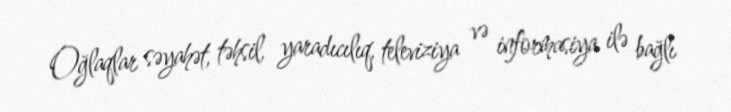
Oğlaqlar səyahət, təhsil, yaradıcılıq, televiziya və informasiya ilə bağlı